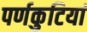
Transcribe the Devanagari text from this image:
पर्णकुटियां